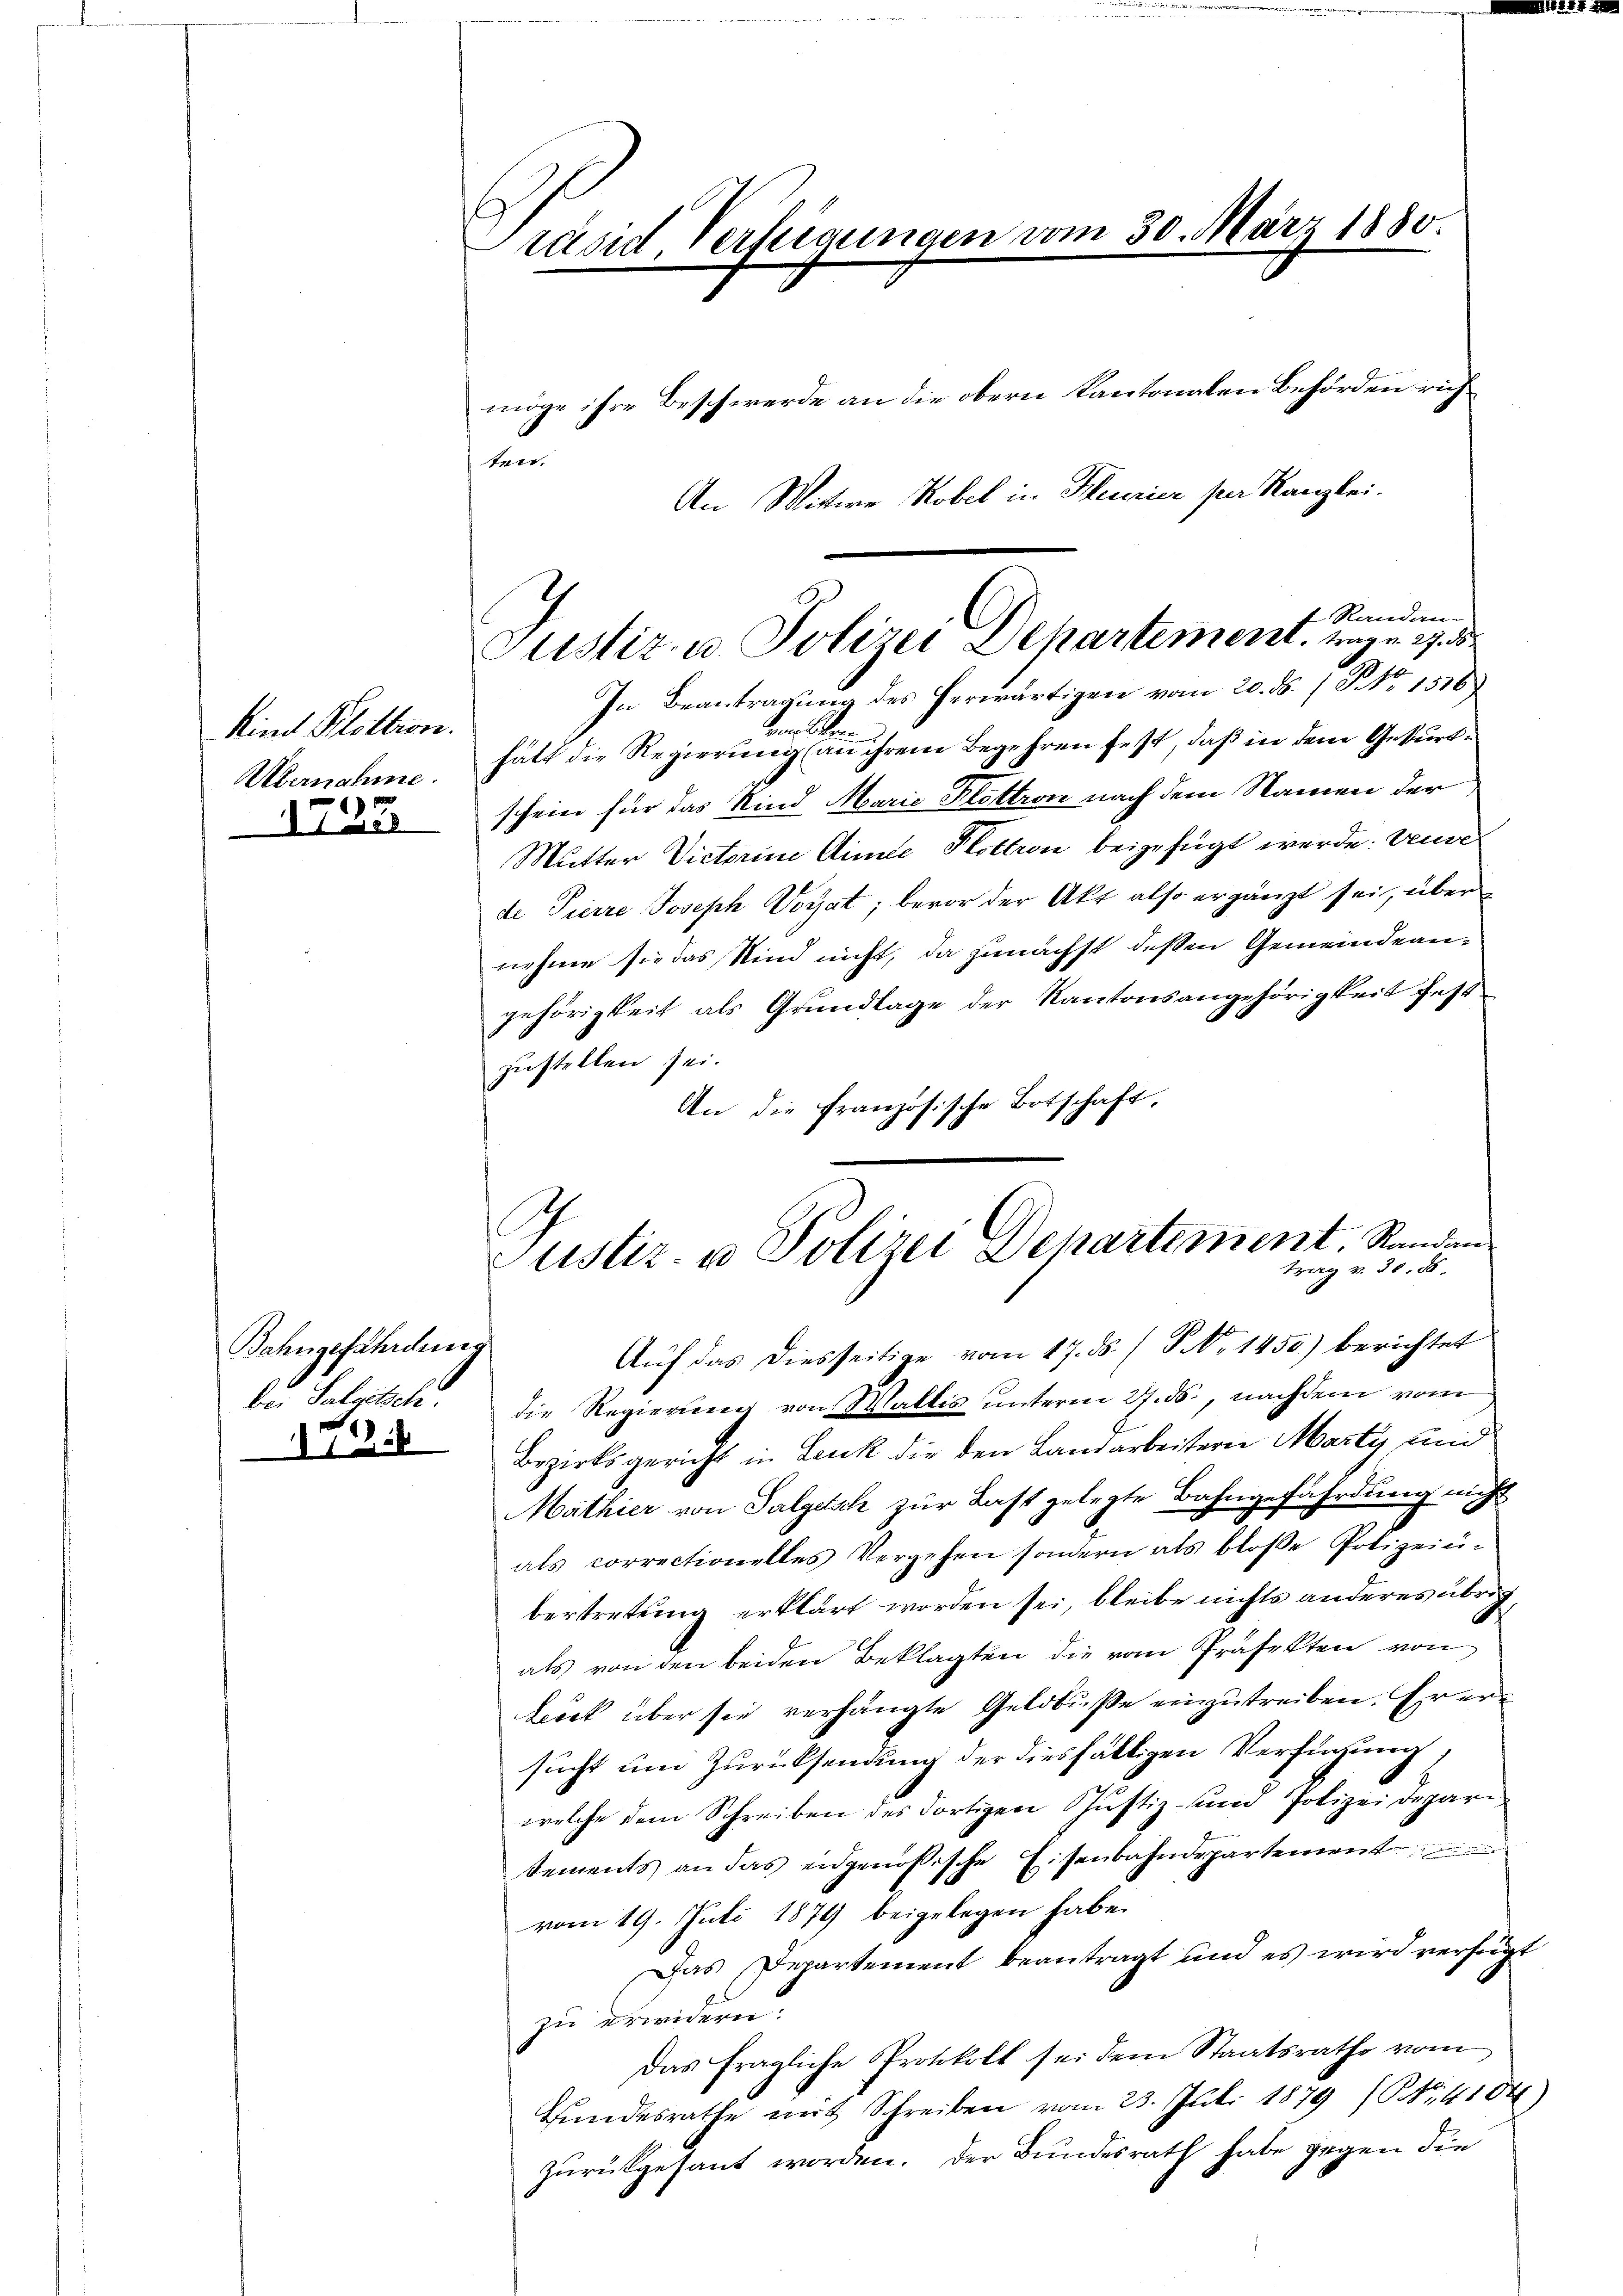
Kind Klöttion.
Übernahme.
1735

Bahngefährdung
bei Salgutsch.
6

Präsid Verfeigungen vom 30. März 1880.

möge ihre Beschwerde an die obern Kantonalen Behörden rich
ten.
An Mittwe Robel in Heurier per Kanzlei.

In Beantragung des herwärtigen vom 20. ds. / NNo. 1516
dner Stern.
hatt die Regierung (an ihrem Begehren fest, daß in dem Geburtschein für das Kind Marie Klettron nach dem Namen der
Mutter Victorine Minde Flottron beigefügt werde: Veuve
de Pierre Joseph Voyat; bevor der Akt also ergänzt sei, über
nehme sie das Kind nicht, da zunächst dessen Gemeindeangehörigkeit als Grundlage der Kantonsangehörigkeit fest
zustellen sei.
An die französische Botschaft.
d
die Regierung von Wallis unterm 27. ds., nachdem vom
Bezirksgericht in Leuk die den Landarbeitern Marty und
Mathier von Palgetsch zur Last gelegte Bahngefährdung nicht
als correctionelles Vergehen sondern als bloße Polizeiŭ-
bertretung erklärt worden sei, bleibe nichts anderes übrig,
als von den beiden Beklagten die vom Präfekten von
beck über sie verhängte Geldbusse einzutreiben. Er ersucht um Zurücksendung der diesfälligen Verfügung,
welche dem Schreiben des dortigen Justiz- und Polizei Depari
sements an das eidgenößische Eisenbahndepartement
vom 19. Juli 1874 beigelegen habe.
Das Departement beantragt und es wird verfügt
zu erwidern.
Das fragliche Protokoll sei dem Staatsrathe vom
Bundesrathe mit Schreiben vom 23. Juli 1879 (NNo. 4104)
zurückgesant worden. Der Bundesrath habe gegen die

f Randan-
Justiz- u. Polizei Dehartement trag u. 27. 35

Justiz- u Polizei Departement, Randan
trag v. 30. 58.
Auf das Diesseitige vom 17. ds. (T No 1450) berichtet